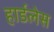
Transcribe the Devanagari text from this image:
हार्डलेस